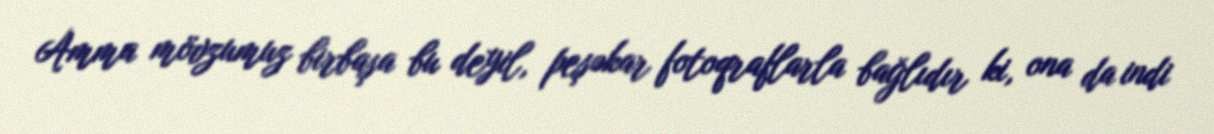
Amma mövzumuz birbaşa bu deyil, peşəkar fotoqraflarla bağlıdır ki, ona da indi